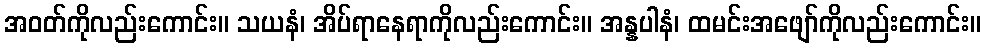
အဝတ်ကိုလည်းကောင်း။ သယနံ၊ အိပ်ရာနေရာကိုလည်းကောင်း။ အန္နပါနံ၊ ထမင်းအဖျော်ကိုလည်းကောင်း။